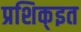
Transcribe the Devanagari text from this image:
प्रशिक्इत